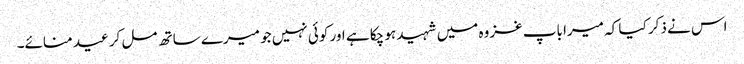
اس نے ذکر کیا کہ میرا باپ غزوہ میں شہید ہو چکا ہے اور کوئی نہیں جو میرے ساتھ مل کر عید منائے۔